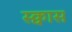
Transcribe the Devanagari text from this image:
स्क्वास